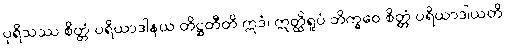
ပုရိသဿ စိတ္တံ ပရိယာဒါနယ တိဋ္ဌတီတိ ဣဒံ၊ ဣတ္ထိရူပံ ဘိက္ခဝေ စိတ္တံ ပရိယာဒါယတိ